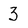
Character: 3